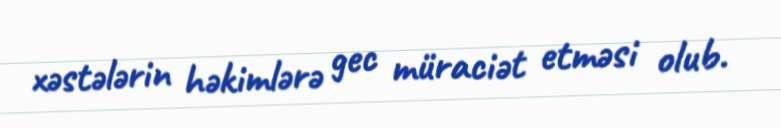
xəstələrin həkimlərə gec müraciət etməsi olub.